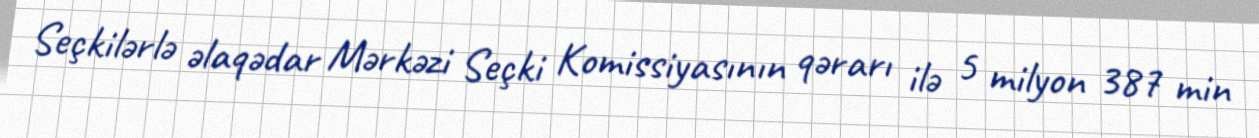
Seçkilərlə əlaqədar Mərkəzi Seçki Komissiyasının qərarı ilə 5 milyon 387 min